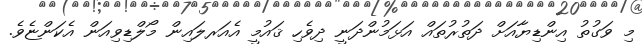
މި ވަގުތު އިންޑިޔާއަށް ދަތުރުތައް އަޅަމުންދަނީ ދިވެހި ޤައުމީ އެއަރލައިން މޯލްޑިވިއަން އެކަންޏެވެ.